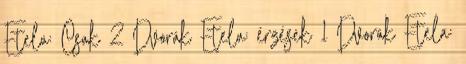
Etela: Csak 2 Dvorák Etela: érzések 1 Dvorák Etela: